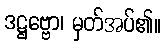
ဒဋ္ဌဗ္ဗော၊ မှတ်အပ်၏။